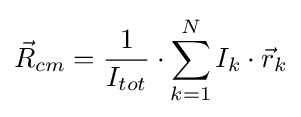
{\vec {R}}_{cm}={\frac {1}{I_{tot}}}\cdot \sum _{k=1}^{N}I_{k}\cdot {\vec {r}}_{k}